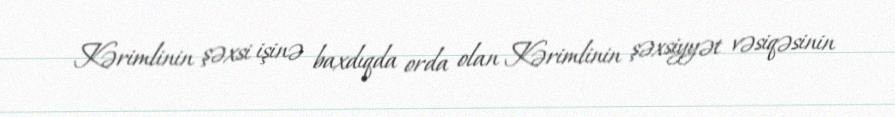
Kərimlinin şəxsi işinə baxdıqda orda olan Kərimlinin şəxsiyyət vəsiqəsinin